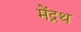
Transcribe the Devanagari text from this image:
मेंद्रथ